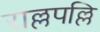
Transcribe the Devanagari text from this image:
राल्लपल्लि